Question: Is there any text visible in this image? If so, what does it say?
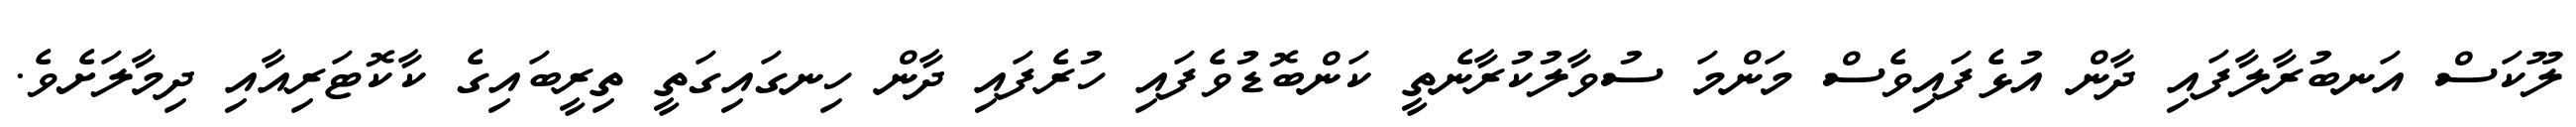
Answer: ލޫކަސް އަނބުރާލާފައި ދާން އުޅެފައިވެސް މަންމަ ސުވާލުކުރާނެތީ ކަންބޮޑުވެފައި ހުރެފައި ދާން ހިނގައިގަތީ ތިރީބައިގެ ކާކޮޓަރިއާއި ދިމާލަށެވެ.